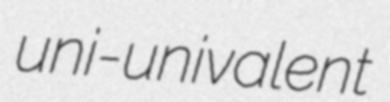
uni-univalent